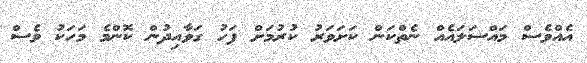
އެއްވެސް މައްސަލައެއް ނެތްކަން ކަށަވަރު ކުރުމަށް ފަހު ގަވާއިދުން ކޮންމެ މަހަކު ވެސް